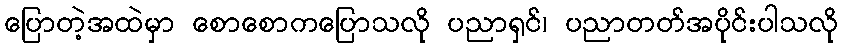
ပြောတဲ့အထဲမှာ စောစောကပြောသလို ပညာရှင်၊ ပညာတတ်အပိုင်းပါသလို